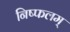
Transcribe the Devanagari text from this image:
निष्फलम्